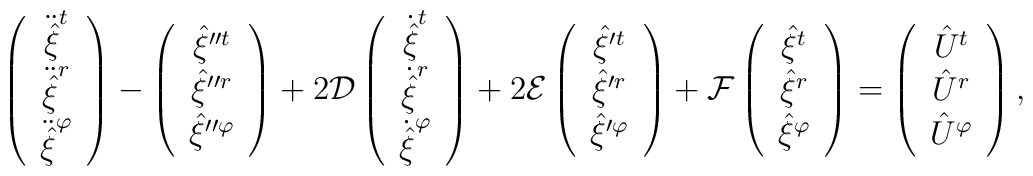
\left( \begin{array}{c} \ddot{\hat{\xi}}^t \\ \ddot{\hat{\xi}}^r \\\ddot{\hat{\xi}}^\varphi \end{array}\right) - \left( \begin{array}{c} \hat{\xi}''^{t} \\ \hat{\xi}''^{r} \\\hat{\xi}''^\varphi \end{array}\right) + 2{\cal D}\left( \begin{array}{c} \dot{\hat{\xi}}^t \\\dot{\hat{\xi}}^r \\ \dot{\hat{\xi}}^\varphi \end{array}\right) +2{\cal E}\left( \begin{array}{c} \hat{\xi}'^{t} \\\hat{\xi}'^{r} \\ \hat{\xi}'^\varphi \end{array}\right) +{\cal F}\left( \begin{array}{c} {\hat{\xi}}^t \\{\hat{\xi}}^r \\ {\hat{\xi}}^\varphi \end{array} \right)=\left( \begin{array}{c} {\hat{U}}^t \\ {\hat{U}}^r \\{\hat{U}}^\varphi \end{array}\right),